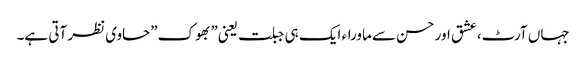
جہاں آرٹ،عشق اور حسن سے ماوراء ایک ہی جبلت یعنی”بھوک”حاوی نظر آتی ہے۔